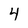
Character: 4